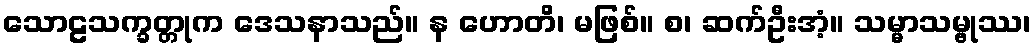
သောဠသက္ခတ္တုက ဒေသနာသည်။ န ဟောတိ၊ မဖြစ်။ စ၊ ဆက်ဦးအံ့။ သမ္မာသမ္ဗုဿ၊